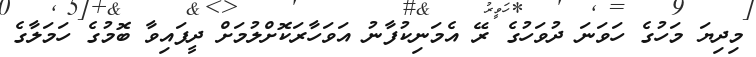
މިދިޔަ މަހުގެ ހަވަނަ ދުވަހުގެ ރޭ އެމަނިކުފާނު އަވަހާރަކޮށްލުމަށް ދީފައިވާ ބޮމުގެ ހަމަލާގެ